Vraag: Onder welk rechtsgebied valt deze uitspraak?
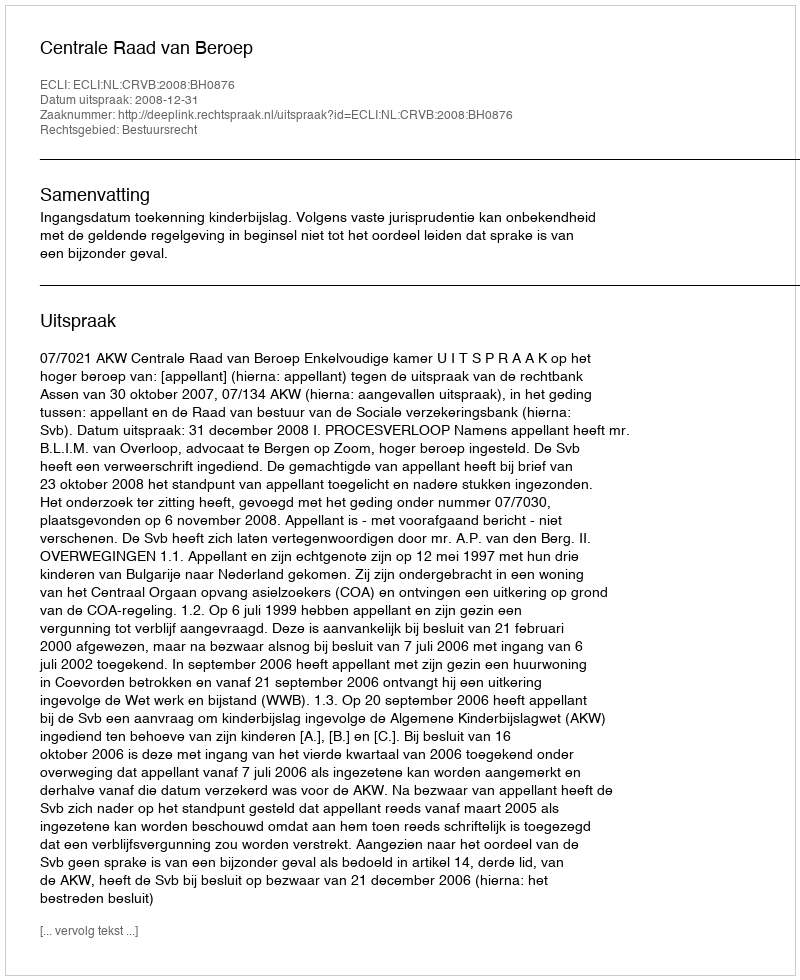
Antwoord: Bestuursrecht